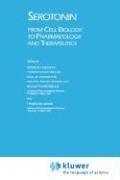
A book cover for Serotonin: From Cell Biology to Pharmacology and Therapeutics; Medical Books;